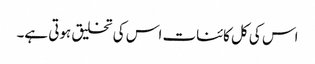
اس کی کل کائنات اس کی تخلیق ہوتی ہے۔